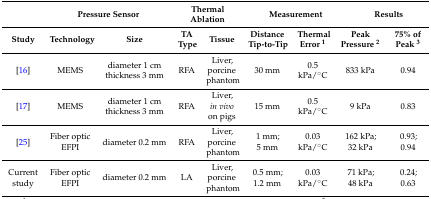
<table><thead><tr><td></td><td colspan="2"><b>Pressure Sensor</b></td><td colspan="2"><b>Thermal Ablation</b></td><td colspan="3"><b>Measurement</b></td><td colspan="2"><b>Results</b></td></tr><tr><td><b>Study</b></td><td><b>Technology</b></td><td><b>Size</b></td><td><b>TA Type</b></td><td><b>Tissue</b></td><td><b>Distance Tip-to-Tip</b></td><td><b>Thermal Error <sup>1</sup></b></td><td colspan="2"><b>Peak Pressure <sup>2</sup></b></td><td><b>75% of Peak <sup>3</sup></b></td></tr></thead><tbody><tr><td>[16]</td><td>MEMS</td><td>diameter 1 cm thickness 3 mm</td><td>RFA</td><td>Liver, porcine phantom</td><td>30 mm</td><td>0.5 kPa/°C</td><td colspan="2">833 kPa</td><td>0.94</td></tr><tr><td>[17]</td><td>MEMS</td><td>diameter 1 cm thickness 3 mm</td><td>RFA</td><td>Liver, <i>in vivo</i> on pigs</td><td>15 mm</td><td>0.5 kPa/°C</td><td colspan="2">9 kPa</td><td>0.83</td></tr><tr><td>[25]</td><td>Fiber optic EFPI</td><td>diameter 0.2 mm</td><td>RFA</td><td>Liver, porcine phantom</td><td>1 mm; 5 mm</td><td>0.03 kPa/°C</td><td colspan="2">162 kPa; 32 kPa</td><td>0.93; 0.94</td></tr><tr><td>Current study</td><td>Fiber optic EFPI</td><td>diameter 0.2 mm</td><td>LA</td><td>Liver, porcine phantom</td><td>0.5 mm; 1.2 mm</td><td>0.03 kPa/°C</td><td colspan="2">71 kPa; 48 kPa</td><td>0.24; 0.63</td></tr></tbody></table>